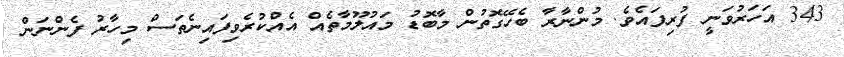
343 އަހަރުވަނީ ފުރިފައެވެ. މުންނާރާ ބެހޭގޮތުން މާބޮޑު މައުލޫމާތެއް އެއްކުރެވިފައިނެތަސް މިހާރު ފެންނަން